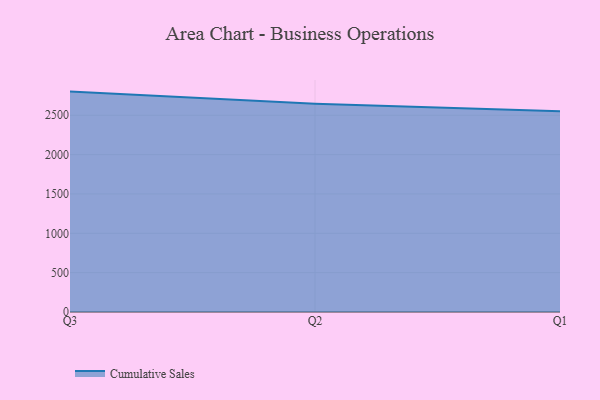
{"axis": {"x": "Quarter", "y": "Waste Production (Tons)"}, "legend": ["Cumulative Sales"], "data": [{"x": "Q3", "y": 2800.6, "type": "Cumulative Sales"}, {"x": "Q2", "y": 2644.7, "type": "Cumulative Sales"}, {"x": "Q1", "y": 2549.5, "type": "Cumulative Sales"}]}